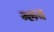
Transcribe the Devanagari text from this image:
ग्लव